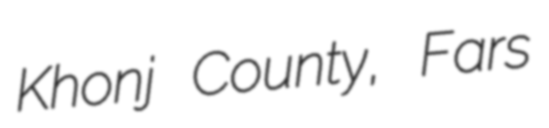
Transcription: Khonj County, Fars